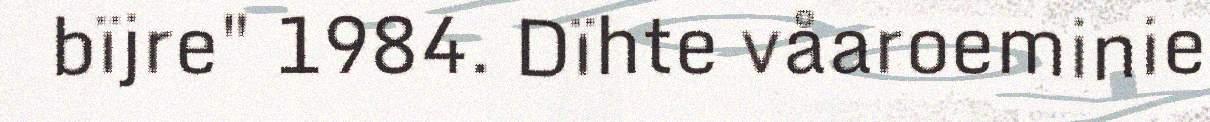
bïjre" 1984. Dïhte våaroeminie